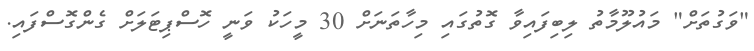
"ވަގުތަށް" މައުލޫމާތު ލިބިފައިވާ ގޮތުގައި މިހާތަނަށް 30 މީހަކު ވަނީ ހޮސްޕިޓަލަށް ގެންގޮސްފައި.